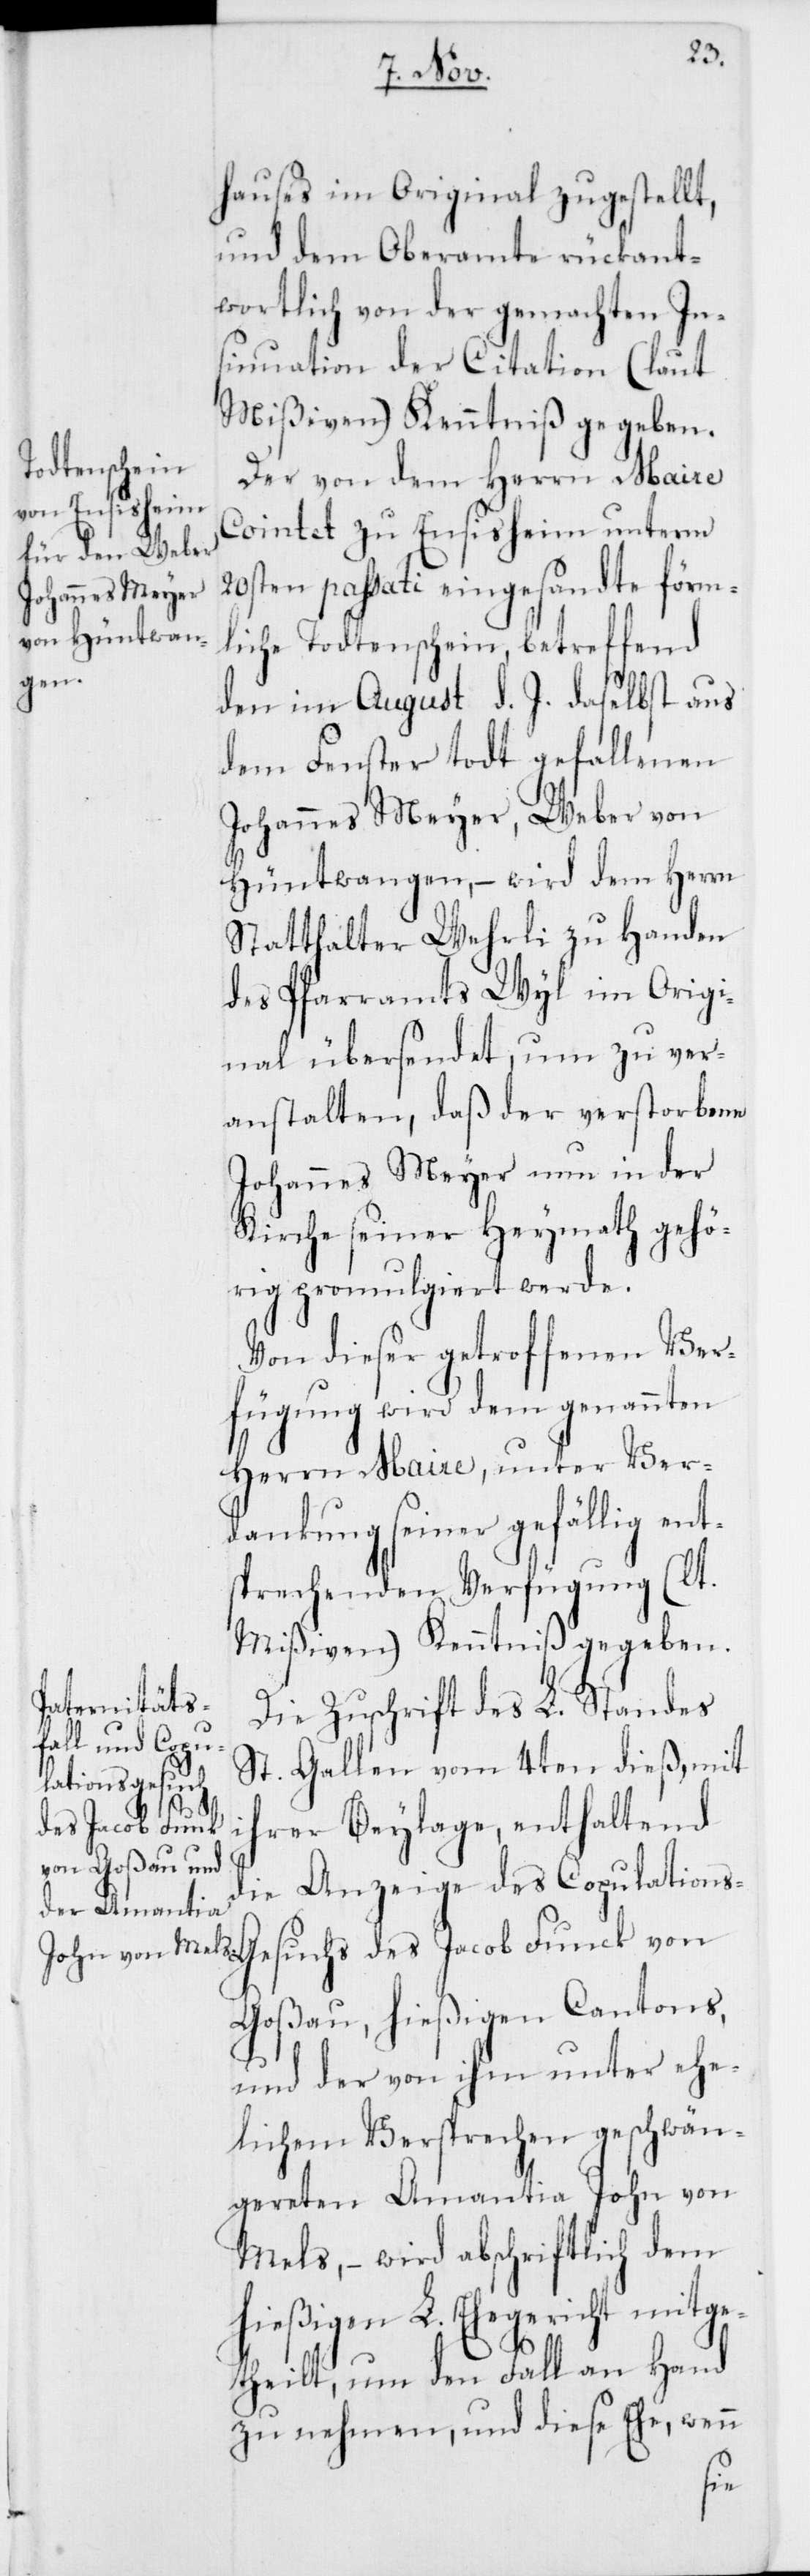
hauses im Original zugestellt,
und dem Oberamte rückant¬
wortlich von der gemachten In¬
sinuation der Citation (laut
Mißiven) Kenntniß gegeben.
Der von dem Herrn Maire
Cointet zu Ensisheim unterm
20sten passati eingesandte förm¬
liche Todtenschein, betreffend
den im August d. J. daselbst aus
dem Fenster todt gefallenen
Johannes Meyer, Weber von
Hüntwangen, – wird dem Herrn
Statthalter Wehrli zu Handen
des Pfarramts Wyl im Origi¬
nal übersendet, um zu ver¬
anstalten, daß der verstorbene
Johannes Meyer nun in der
Kirche seiner Heymath gehö¬
rig promulgiert werde.
Von dieser getroffenen Ver¬
fügung wird dem genannten
Herrn Maire, unter Ver¬
dankung seiner gefällig ent¬
sprechenden Verfügung (lt.
Mißiven) Kenntniß gegeben.
Die Zuschrift des L. Standes
St. Gallen vom 4ten dieß, mit
ihrer Beylage, enthaltend
die Anzeige des Copulations-G¬
esuchs des Jacob Funck von
Goßau, hießigen Cantons,
und der von ihm unter ehe¬
lichem Versprechen geschwän¬
gereten Amantia John von
Mels, – wird abschriftlich dem
hießigen L. Ehegericht mitge¬
theilt, um den Fall an Hand
zu nehmen, und diese Ehe, wenn